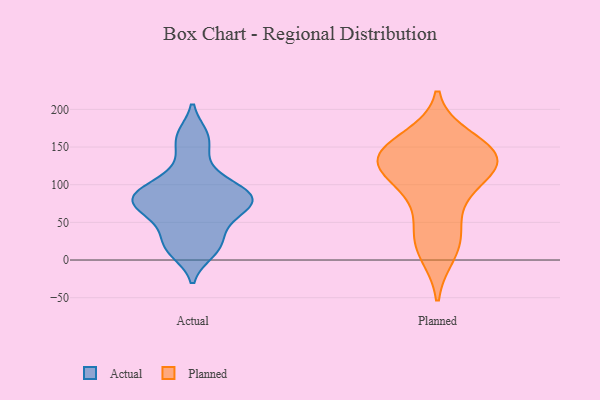
{"axis": {"x": "Active Users", "y": "Value"}, "legend": ["Actual", "Planned"], "data": [{"x": "", "y": 105, "type": "Actual"}, {"x": "", "y": 89, "type": "Actual"}, {"x": "", "y": 52, "type": "Actual"}, {"x": "", "y": 81, "type": "Actual"}, {"x": "", "y": 163, "type": "Actual"}, {"x": "", "y": 33, "type": "Actual"}, {"x": "", "y": 77, "type": "Actual"}, {"x": "", "y": 60, "type": "Actual"}, {"x": "", "y": 134, "type": "Actual"}, {"x": "", "y": 89, "type": "Actual"}, {"x": "", "y": 79, "type": "Actual"}, {"x": "", "y": 68, "type": "Actual"}, {"x": "", "y": 78, "type": "Actual"}, {"x": "", "y": 11, "type": "Actual"}, {"x": "", "y": 99, "type": "Actual"}, {"x": "", "y": 16, "type": "Actual"}, {"x": "", "y": 19, "type": "Actual"}, {"x": "", "y": 165, "type": "Actual"}, {"x": "", "y": 78, "type": "Planned"}, {"x": "", "y": 141, "type": "Planned"}, {"x": "", "y": 99, "type": "Planned"}, {"x": "", "y": 10, "type": "Planned"}, {"x": "", "y": 135, "type": "Planned"}, {"x": "", "y": 146, "type": "Planned"}, {"x": "", "y": 24, "type": "Planned"}, {"x": "", "y": 128, "type": "Planned"}, {"x": "", "y": 160, "type": "Planned"}, {"x": "", "y": 37, "type": "Planned"}, {"x": "", "y": 134, "type": "Planned"}, {"x": "", "y": 131, "type": "Planned"}, {"x": "", "y": 122, "type": "Planned"}]}